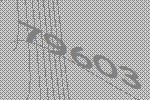
79603